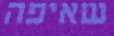
שאיפה